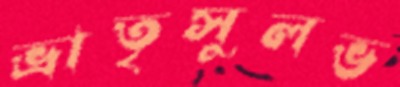
ভ্রাতৃসুলভ